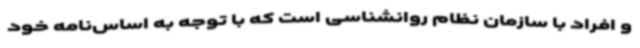
و افراد با سازمان نظام روانشناسی است که با توجه به اساس‌نامه خود